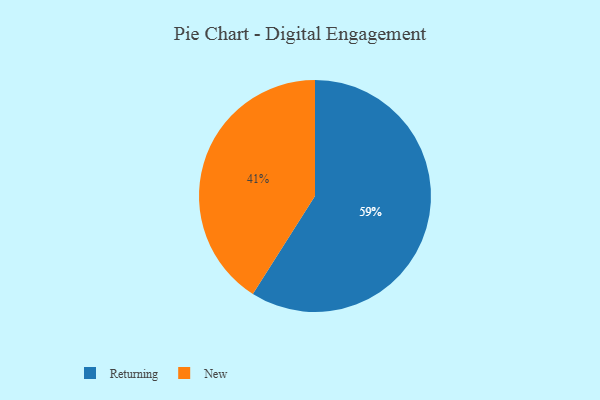
{"axis": {"x": "Category", "y": "Percentage"}, "legend": ["New", "Returning"], "data": [{"x": "New", "y": 41, "type": "New"}, {"x": "Returning", "y": 59, "type": "Returning"}]}